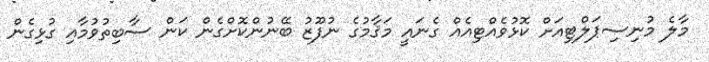
މާލެ މުނިސިޕަލްޓިއަށް ކޮޅުވެއްޓިއެއް ގެނައީ މަޤާމުގެ ނުފޫޒު ބޭނުންކޮށްގެން ކަން ސާބިތުވުމާއި ގުޅިގެން